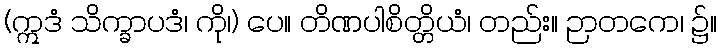
(ဣဒံ သိက္ခာပဒံ၊ ကို၊) ပေ။ တိဏပါစိတ္တိယံ၊ တည်း။ ဉာတကေ၊ ၌။